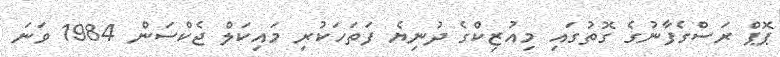
ޕޮޕް ރަސްގެފާނުގެ ގޮތުގައި މިއުޒިކްގެ ދުނިޔެ ފަތަހަކުރި މައިކަލް ޖެކްސަން 1984 ވަނަ